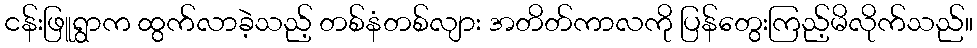
ငန်းဖြူရွာက ထွက်လာခဲ့သည့် တစ်နံတစ်လျား အတိတ်ကာလကို ပြန်တွေးကြည့်မိလိုက်သည်။